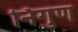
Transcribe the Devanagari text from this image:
र्निगुण